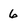
Character: 6